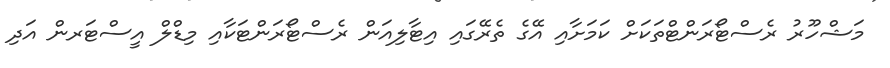
މަޝްހޫރު ރެސްޓޯރަންޓްތަކަށް ކަމަށާއި އޭގެ ތެރޭގައި އިޓާލިއަން ރެސްޓޯރަންޓަކާއި މިޑްލް އީސްޓަރން އަދި